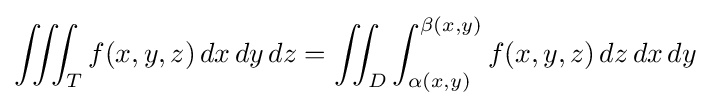
\iiint _{T}f(x,y,z)\,dx\,dy\,dz=\iint _{D}\int _{\alpha (x,y)}^{\beta (x,y)}f(x,y,z)\,dz\,dx\,dy